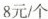
8元/个